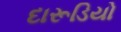
દારૂડિયો